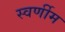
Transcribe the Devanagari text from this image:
स्वर्णीम